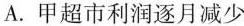
A. 甲超市利润逐月减少